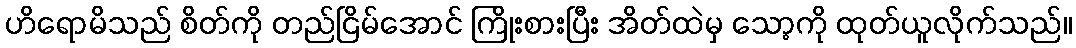
ဟိရောမိသည် စိတ်ကို တည်ငြိမ်အောင် ကြိုးစားပြီး အိတ်ထဲမှ သော့ကို ထုတ်ယူလိုက်သည်။